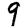
Digit: 9